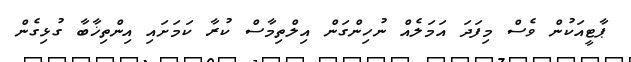
ޕާޓީއަކުން ވެސް މިފަދަ އަމަލެއް ނުހިންގަން އިލްތިމާސް ކުރާ ކަމަށައި އިންތިޚާބާ ގުޅިގެން